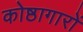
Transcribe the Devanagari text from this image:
कोष्ठागारों